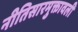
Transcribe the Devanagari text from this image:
नीतिसारमुक्तावली